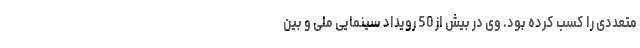
متعددی را كسب كرده بود. وی در بيش از 50 رويداد سينمایی ملی و بين‌